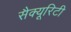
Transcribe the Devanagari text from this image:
सैक्यूरिटी